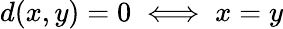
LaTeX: d(x,y)=0\iff x=y